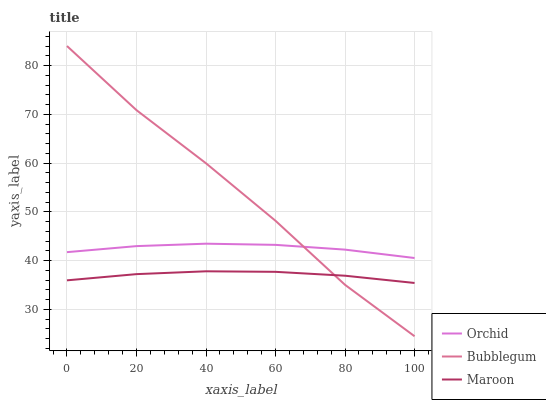
| xaxis_label | Orchid | Bubblegum | Maroon |
 | --- | --- | --- | --- |
 | 0 | 41.7 | 84 | 35.9 |
 | 20 | 43 | 70.8 | 37.2 |
 | 40 | 43.5 | 59.9 | 37.8 |
 | 60 | 43.2 | 48.2 | 37.7 |
 | 80 | 42.2 | 35 | 36.9 |
 | 100 | 40.5 | 24.5 | 35.4 |